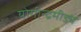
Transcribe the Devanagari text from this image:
योगीन्द्रमीड्यं